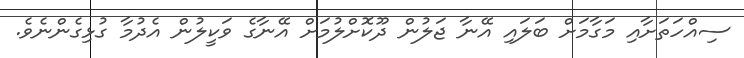
ސިއްހަތަށާއި މަގާމަށް ބަލައި އޭނާ ޖަލުން ދޫކޮށްލުމަށް އޭނާގެ ވަކީލުން އެދުމާ ގުޅިގެންނެވެ.